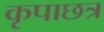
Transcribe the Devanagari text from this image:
कृपाछत्र